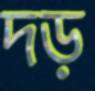
দড়